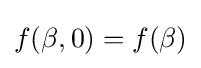
f(\beta ,0)=f(\beta )